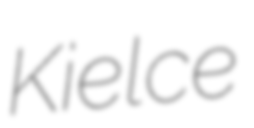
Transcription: Kielce